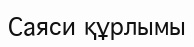
Саяси құрлымы